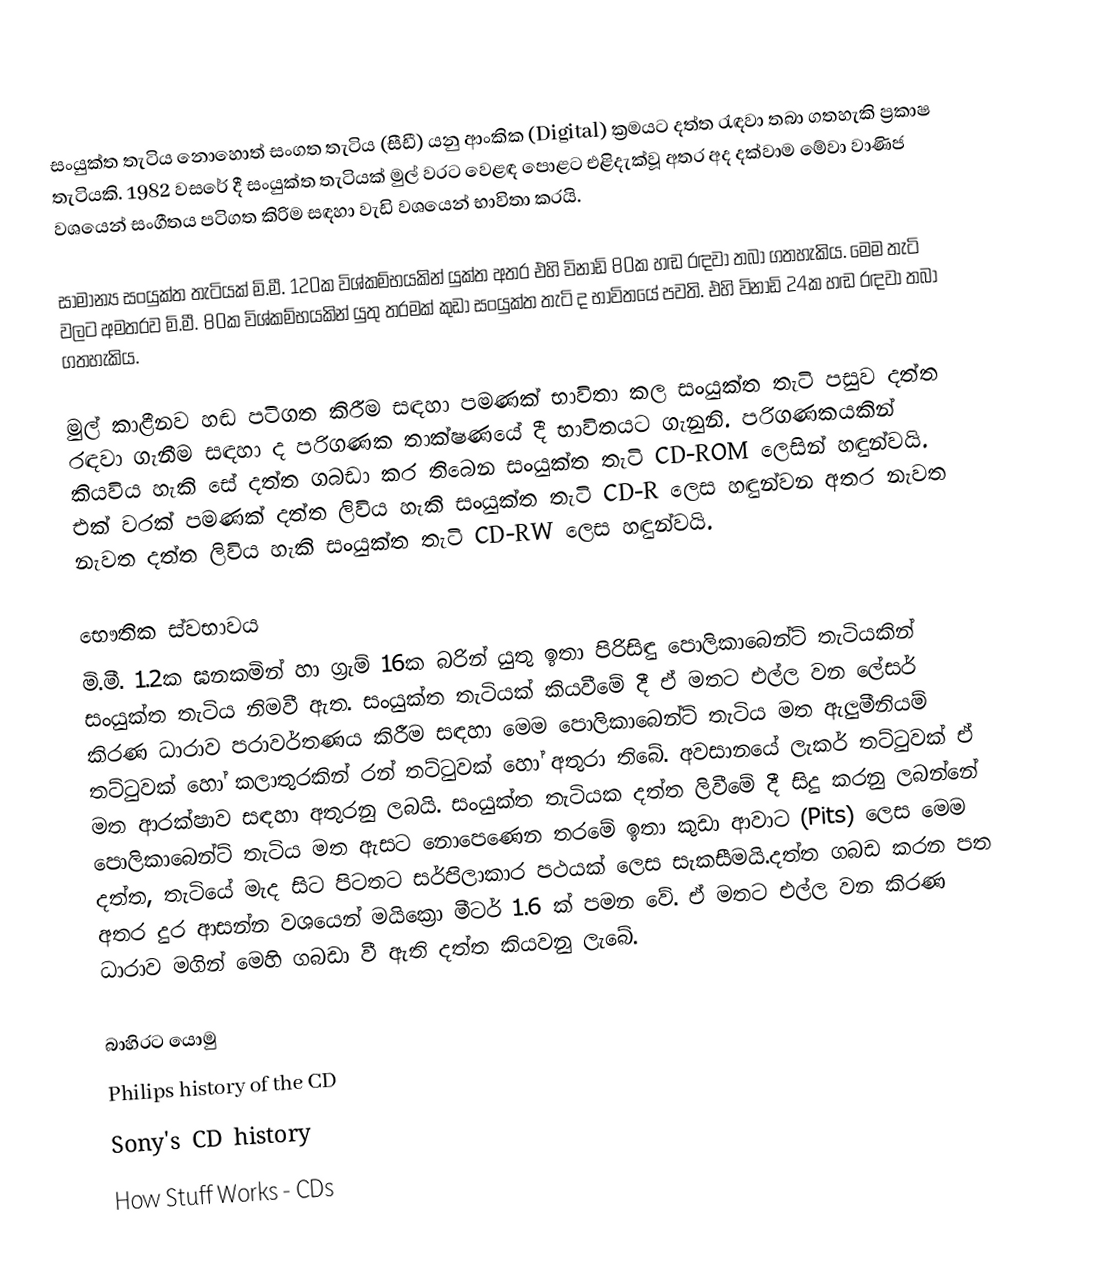
සංයුක්ත තැටිය නොහොත් සංගත තැටිය (සීඩී) යනු ආංකික (Digital) ක්‍රමයට දත්ත රැඳවා තබා ගතහැකි ප්‍රකාෂ තැටියකි. 1982 වසරේ දී සංයුක්ත තැටියක් මුල් වරට වෙළඳ පොළට එළිදැක්වූ අතර අද දක්වාම මේවා වාණිජ වශයෙන් සංගීතය පටිගත කිරිම සඳහා වැඩි වශයෙන් භාවිතා කරයි.

සාමාන්‍ය සංයුක්ත තැටියක් මි.මී. 120ක විශ්කම්භයකින් යුක්ත අතර එහි විනාඩි 80ක හඬ රඳවා තබා ගතහැකිය. මෙම තැටි වලට අමතරව මි.මී. 80ක විශ්කම්භයකින් යුතු තරමක් කුඩා සංයුක්ත තැටි ද භාවිතයේ පවති. එහි විනාඩි 24ක හඬ රඳවා තබා ගතහැකිය.

මුල් කාළීනව හඬ පටිගත කිරීම සඳහා පමණක් භාවිතා කල සංයුක්ත තැටි පසුව දත්ත රඳවා ගැනීම සඳහා ද පරිගණක තාක්ෂණයේ දී භාවිතයට ගැනුනි. පරිගණකයකින් කියවිය හැකි සේ දත්ත ගබඩා කර තිබෙන සංයුක්ත තැටි CD-ROM ලෙසින් හඳුන්වයි. එක් වරක් පමණක් දත්ත ලිවිය හැකි සංයුක්ත තැටි CD-R ලෙස හඳුන්වන අතර නැවත නැවත දත්ත ලිවිය හැකි සංයුක්ත තැටි CD-RW ලෙස හඳුන්වයි.

භෞතික ස්වභාවය
මි.මී. 1.2ක ඝනකමින් හා ග්‍රැම් 16ක බරින් යුතු ඉතා පිරිසිඳු පොලිකාබෙන්ට් තැටියකින් සංයුක්ත තැටිය නිමවී ඇත. සංයුක්ත තැටියක් කියවීමේ දී ඒ මතට එල්ල වන ලේසර් කිරණ ධාරාව පරාවර්තණය කිරීම සඳහා මෙම පොලිකාබෙන්ට් තැටිය මත ඇලුමීනියම් තට්ටුවක් හෝ කලාතුරකින් රන් තට්ටුවක් හෝ අතුරා තිබේ. අවසානයේ ලැකර් තට්ටුවක් ඒ මත ආරක්ෂාව සඳහා අතුරනු ලබයි. සංයුක්ත තැටියක දත්ත ලිවීමේ දී සිදු කරනු ලබන්නේ පොලිකාබෙන්ට් තැටිය මත ඇසට නොපෙණෙන තරමේ ඉතා කුඩා ආවාට (Pits) ලෙස මෙම දත්ත, තැටියේ මැද සිට පිටතට සර්පිලාකාර පථයක් ලෙස සැකසීමයි.දත්ත ගබඩ කරන පත අතර දුර ආසන්න වශයෙන් මයික්‍රො මීටර් 1.6 ක් පමන වේ. ඒ මතට එල්ල වන කිරණ ධාරාව මගින් මෙහි ගබඩා වී ඇති දත්ත කියවනු ලැබේ.

බාහිරට යොමු
 Philips history of the CD
 Sony's CD history
 How Stuff Works - CDs